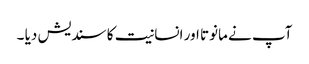
آپ نے مانوتا اور انسانیت کا سندیش دیا ۔